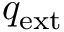
q _ { \mathrm { e x t } }